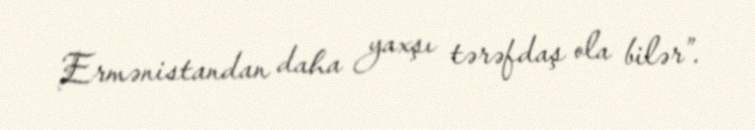
Ermənistandan daha yaxşı tərəfdaş ola bilər”.